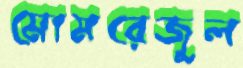
মোমরেজুল